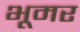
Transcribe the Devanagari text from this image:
भूमर